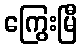
ကြွေးမြီ